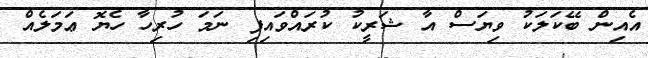
އެއިން ބޭކަލަކު ވިޔަސް އާ ޝަރީކު ކުރައްވައިފި ނަމަ ހުރިހާ ހެޔޮ ޢަމަލެއް